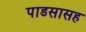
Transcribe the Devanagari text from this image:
पाडसासह